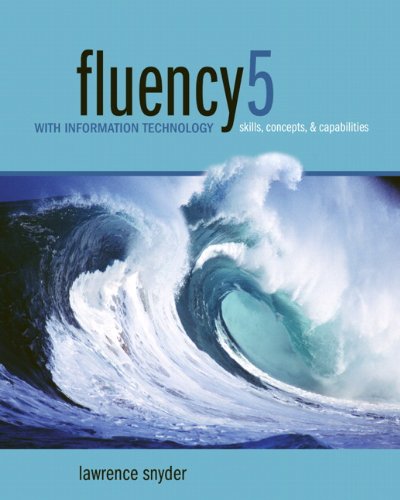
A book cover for Fluency 5 with Information Technology: Skills, Concepts, and Capabilities, 5th Edition; Lawrence Snyder; Business & Money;